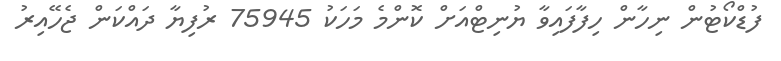
ފުޑްކޯޓުން ނިހާން ހިފާފައިވާ ޔުނިޓްއަށް ކޮންމެ މަހަކު 75945 ރުފިޔާ ދައްކަން ޖެހޭއިރު